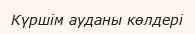
Күршім ауданы көлдері